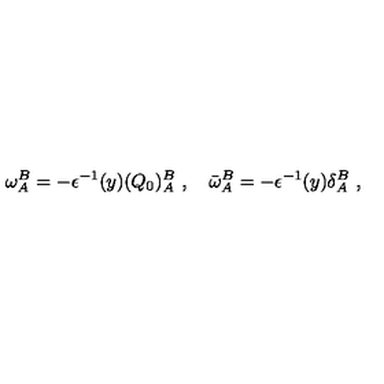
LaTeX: \omega _ { A } ^ { B } = - \epsilon ^ { - 1 } ( y ) ( Q _ { 0 } ) _ { A } ^ { B } \ , \quad \bar { \omega } _ { A } ^ { B } = - \epsilon ^ { - 1 } ( y ) \delta _ { A } ^ { B } \ ,